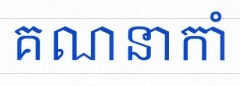
គណនាកាំ